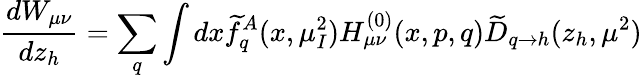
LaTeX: \frac{dW_{\mu\nu}}{dz_{h}}=\sum_{q}\int dx\widetilde{f}_{q}^{A}(x,\mu_{I}^{2})H_{\mu\nu}^{(0)}(x,p,q)\widetilde{D}_{q\rightarrow h}(z_{h},\mu^{2})